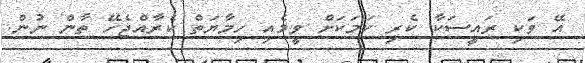
އޭ ވަކި ރައީސަކާ ކެރި ކަމަކަށް ވީމެއި ހިމާޔަތް ކެރާއްޖެހޭ ތާން ނުން.